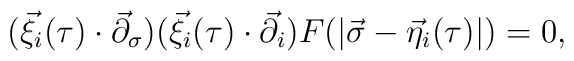
(\vec{\xi}_{i}(\tau )\cdot {\vec{\partial}}_{\sigma })(\vec{\xi}_{i}(\tau)\cdot {\vec{\partial}}_{i})F(|\vec{\sigma}-\vec{\eta}_{i}(\tau )|)=0,